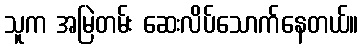
သူက အမြဲတမ်း ဆေးလိပ်သောက်နေတယ်။